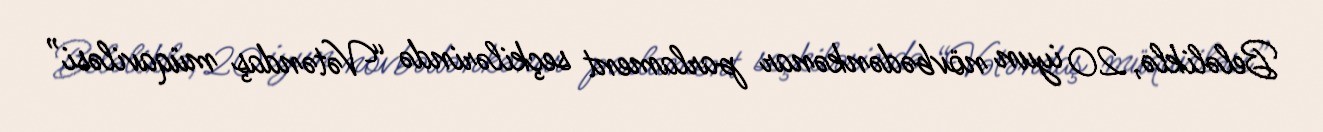
Beləliklə, 20 iyun növbədənkənar parlament seçkilərində “Vətəndaş müqaviləsi”